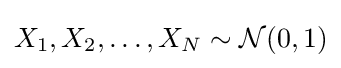
X_{1},X_{2},\dots ,X_{N}\sim {\mathcal {N}}(0,1)